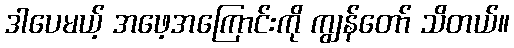
ဒါပေမယ့် အဖေ့အကြောင်းကို ကျွန်တော် သိတယ်။